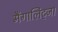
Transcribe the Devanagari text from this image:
मैंगालिट्जा